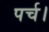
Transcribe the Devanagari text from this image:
पर्च।